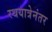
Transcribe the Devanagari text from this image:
रथयात्रेनंतर